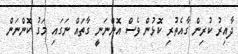
ދާއިރު ކުރިން ގާއެތުރި ކޮޅުން ވެސް އޮންނަނީ ގާތައް ނަގައި މަގު ކޮންނަން